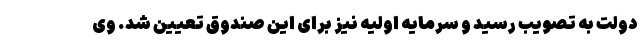
دولت به تصویب رسید و سرمایه اولیه نیز برای این صندوق تعیین شد. وی